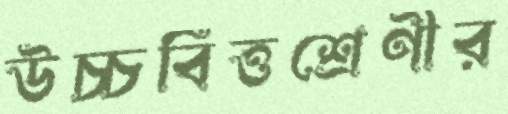
উচ্চবিত্তশ্রেণীর